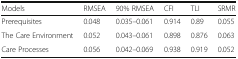
| Models | RMSEA | 90% RMSEA | CFI | TLI | SRMR |
 | --- | --- | --- | --- | --- | --- |
 | Prerequisites | 0.048 | 0.035–0.061 | 0.914 | 0.89 | 0.055 |
 | The Care Environment | 0.052 | 0.043–0.061 | 0.898 | 0.876 | 0.063 |
 | Care Processes | 0.056 | 0.042–0.069 | 0.938 | 0.919 | 0.052 |